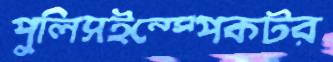
পুলিসইন্‌স্পেকটর